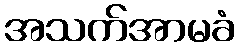
အသက်အာမခံ